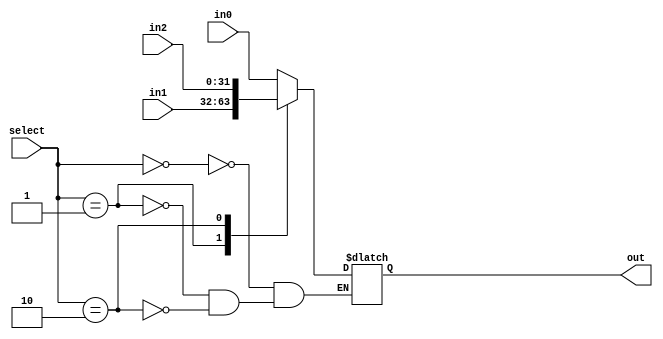
module mux3_1_32 (in0,in1,in2,select,out);
input [31:0] in0,in1,in2;
input [1:0]select;
output [31:0] out;
reg [31:0] out;
always @ (in0 or in1 or select)
begin
//$monitor("Mux2_1: in0: $b ,in1: %b, select:%b,out:%b",in0,in1,select,out);
case(select)
	2'b00: out<= in0;
	2'b01: out<= in1;
	2'b10: out<= in2;
endcase
end
endmodule